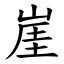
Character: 崖